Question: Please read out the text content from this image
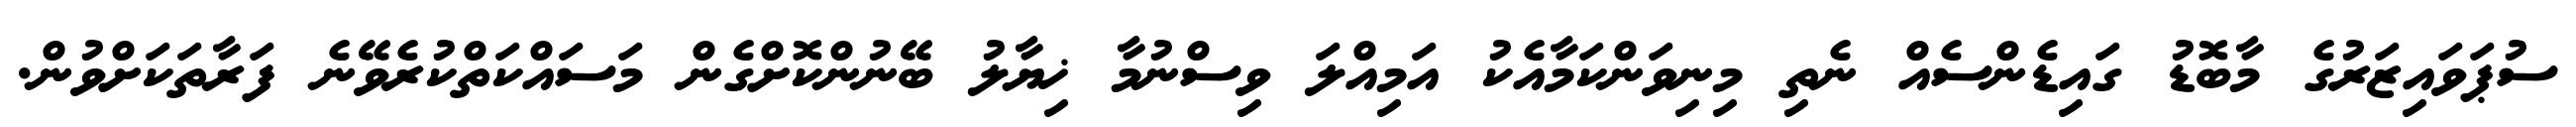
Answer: ސުޕަވައިޒަރުގެ މާބޮޑު ގައިޑެންސެއް ނެތި މިނިވަންކަމާއެކު އަމިއްލަ ވިސްނުމާ ޚިޔާލު ބޭނުންކޮށްގެން މަސައްކަތްކުރެވޭނެ ފަރާތަކަށްވުން.